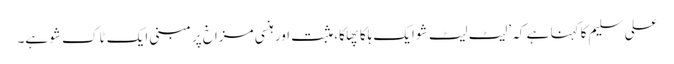
علی سلیم کا کہنا ہے کہ ’لیٹ لیٹ شو ایک ہلکا پھلکا، مثبت اور ہنسی مزاخ پر مبنی ایک ٹاک شو ہے۔